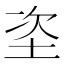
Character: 垐